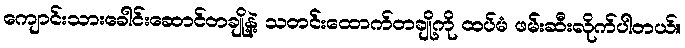
ကျောင်းသားခေါင်းဆောင်တချို့နဲ့ သတင်းထောက်တချို့ကို ထပ်မံ ဖမ်းဆီးလိုက်ပါတယ်။